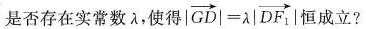
是否存在实常数\lambda ，使得$$| \overrightarrow{GD}|= \lambda | \overrightarrow{DF_{1}}$$ 恒成立?